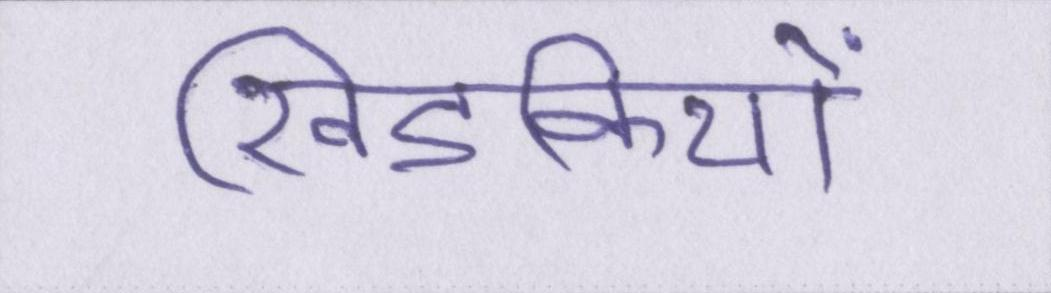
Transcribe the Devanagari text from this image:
खिडकियों